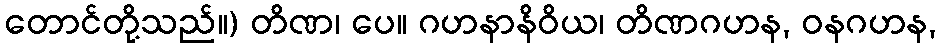
တောင်တို့သည်။) တိဏ၊ ပေ။ ဂဟနာနိဝိယ၊ တိဏဂဟန, ဝနဂဟန,